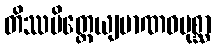
တိဿမိတ္တေယျမာဏဝပုစ္ဆာ